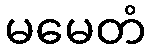
မမေတံ